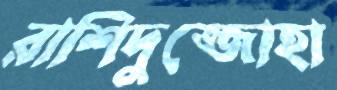
রাশিদুজ্জোহা